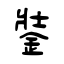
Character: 銺